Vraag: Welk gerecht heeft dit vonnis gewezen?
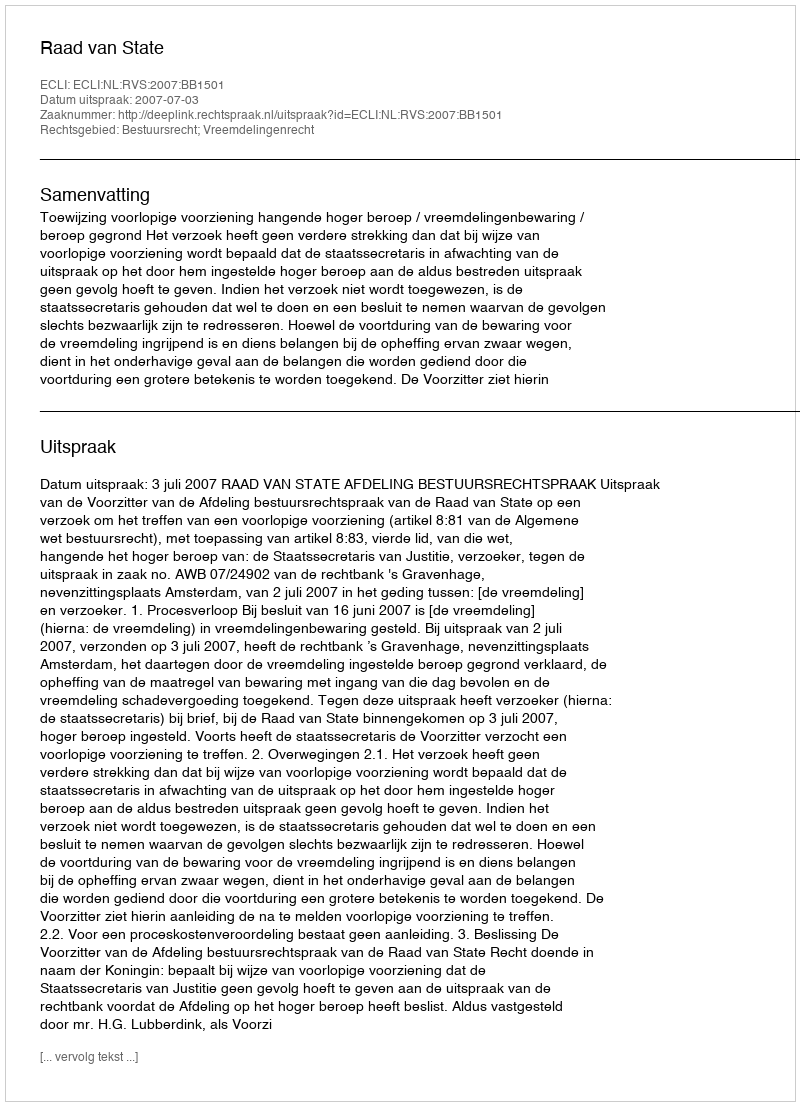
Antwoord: Raad van State